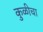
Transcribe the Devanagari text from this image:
कुळीचा